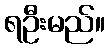
ရဦးမည်။